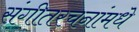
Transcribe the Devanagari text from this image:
संगीतरचनांमधे